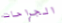
الجراحات